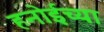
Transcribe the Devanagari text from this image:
हनोईच्या